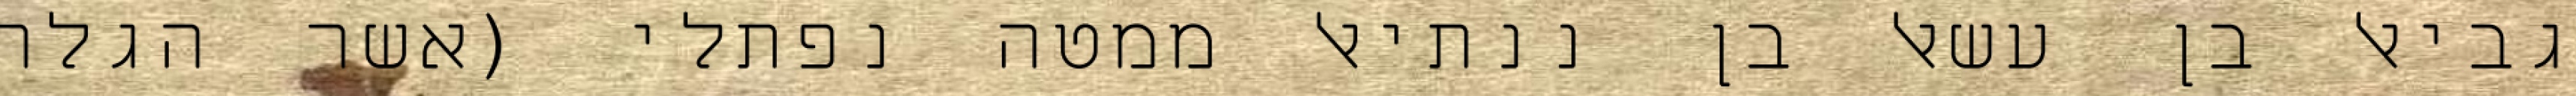
גביאל בן עשאל בן ננתיאל ממטה נפתלי (אשר הגלה